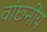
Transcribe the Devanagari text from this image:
वांछ्नीय